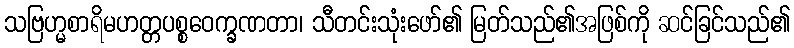
သဗြဟ္မစာရိမဟတ္တပစ္စဝေက္ခဏတာ၊ သီတင်းသုံးဖော်၏ မြတ်သည်၏အဖြစ်ကို ဆင်ခြင်သည်၏